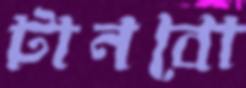
টানবো